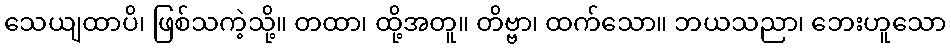
သေယျထာပိ၊ ဖြစ်သကဲ့သို့။ တထာ၊ ထို့အတူ။ တိဗ္ဗာ၊ ထက်သော။ ဘယသညာ၊ ဘေးဟူသော